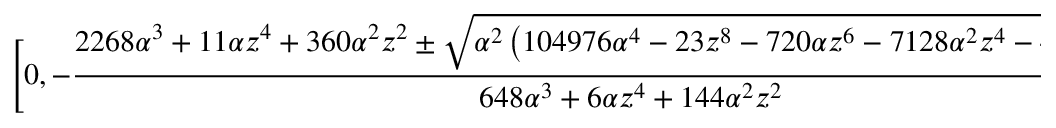
\Bigg [ 0 , - \frac { 2 2 6 8 \alpha ^ { 3 } + 1 1 \alpha z ^ { 4 } + 3 6 0 \alpha ^ { 2 } z ^ { 2 } \pm \sqrt { \alpha ^ { 2 } \left( 1 0 4 9 7 6 \alpha ^ { 4 } - 2 3 z ^ { 8 } - 7 2 0 \alpha z ^ { 6 } - 7 1 2 8 \alpha ^ { 2 } z ^ { 4 } - 4 6 6 5 6 \alpha ^ { 3 } z ^ { 2 } \right) } } { 6 4 8 \alpha ^ { 3 } + 6 \alpha z ^ { 4 } + 1 4 4 \alpha ^ { 2 } z ^ { 2 } } \Bigg ] ,